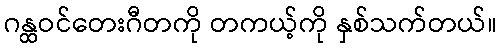
ဂန္ထဝင်တေးဂီတကို တကယ့်ကို နှစ်သက်တယ်။